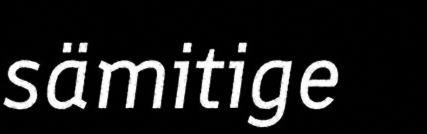
sämitige